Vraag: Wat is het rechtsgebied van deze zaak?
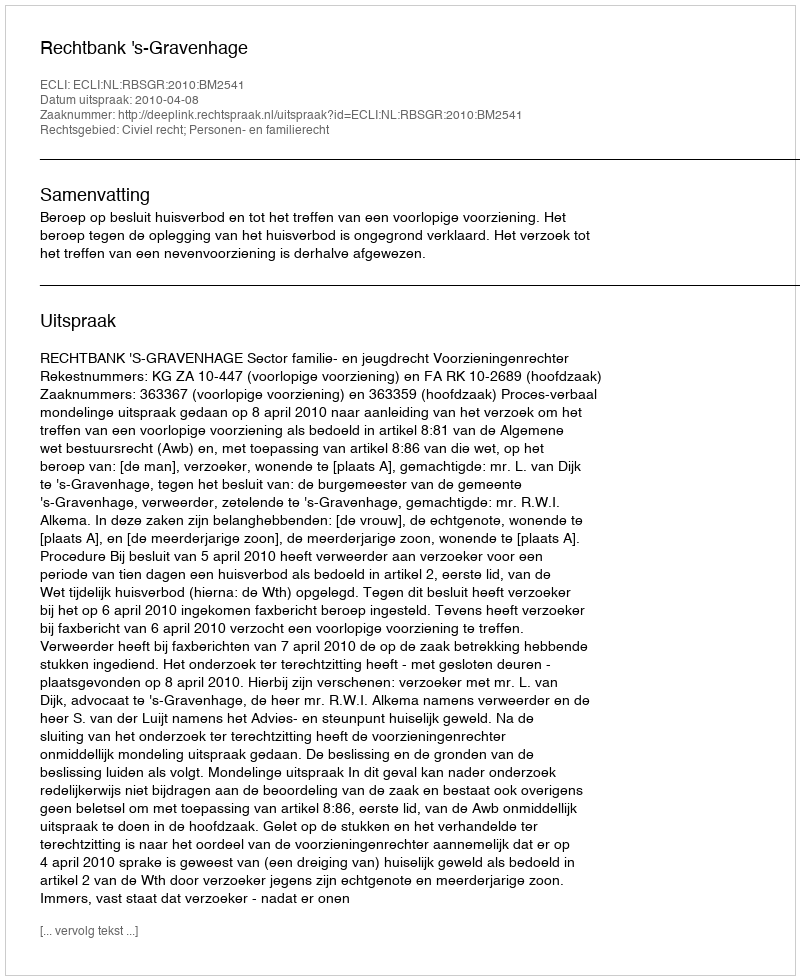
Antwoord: Civiel recht; Personen- en familierecht